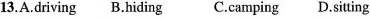
13.A.Driving B.Hiding C.Camping D.Sitting